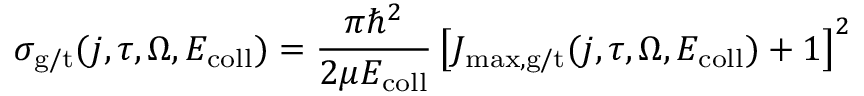
\sigma _ { \mathrm { g / t } } ( j , \tau , \Omega , E _ { \mathrm { c o l l } } ) = \frac { \pi \hbar ^ { 2 } } { 2 \mu E _ { \mathrm { c o l l } } } \left[ J _ { \mathrm { m a x , g / t } } ( j , \tau , \Omega , E _ { \mathrm { c o l l } } ) + 1 \right] ^ { 2 }